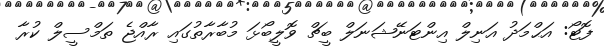
ފޮޓޯ: އަޙްމަދު އަނިލް އިންޓަނޭޝަނަލް ބީޗް ވޮލީބޯޅަ މުބާރާތުގައި ރާއްޖެ ތަމްސީލް ކުރާ